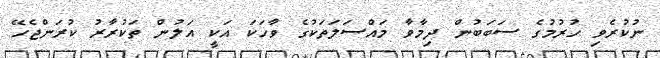
ނުކުރެވި ހުރުމުގެ ސަަބަބުން ދިމާވާ މައްސަލަތަކުގެ ވާހަކަ އަކީ އަލުން ތަކުރާރު ކުރަންޖެހޭ